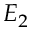
E _ { 2 }